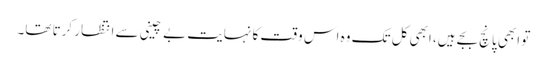
تو ابھی پانچ بجے ہیں، ابھی کل تک وہ اس وقت کا نہایت بے چینی سے انتظار کرتا تھا۔